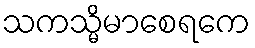
သကသ္မိမာစေရကေ